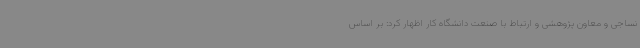
نساجی و معاون پژوهشی و ارتباط با صنعت دانشگاه کار اظهار کرد: بر اساس